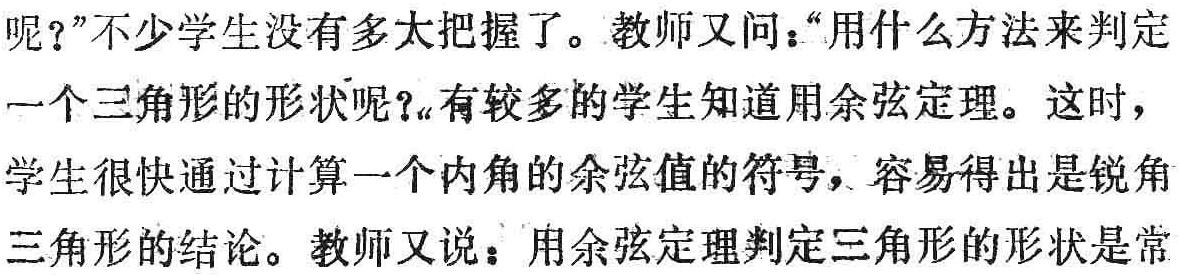
呢？”不少学生没有多太把握了。教师又问：“用什么方法来判定

一个三角形的形状呢？”有较多的学生知道用余弦定理。这时，

学生很快通过计算一个内角的余弦值的符号，容易得出是锐角

三角形的结论。教师又说：用余弦定理判定三角形的形状是常